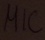
Text: MIC